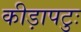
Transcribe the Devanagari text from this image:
कीड़ापटुः